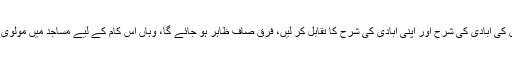
بنگلہ دیش ہمارا ہی حصہ تھا، مسلمان وہاں بستے ہیں، اُن کی آبادی کی شرح اور اپنی آبادی کی شرح کا تقابل کر لیں، فرق صاف ظاہر ہو جائے گا، وہاں اِس کام کے لیے مساجد میں مولوی حضرات سے مدد لی گئی اور تجربہ بے حد کامیاب رہا۔